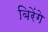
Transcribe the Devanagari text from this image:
बिरेंगे